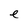
Character: e